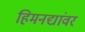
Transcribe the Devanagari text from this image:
हिमनद्यांवर